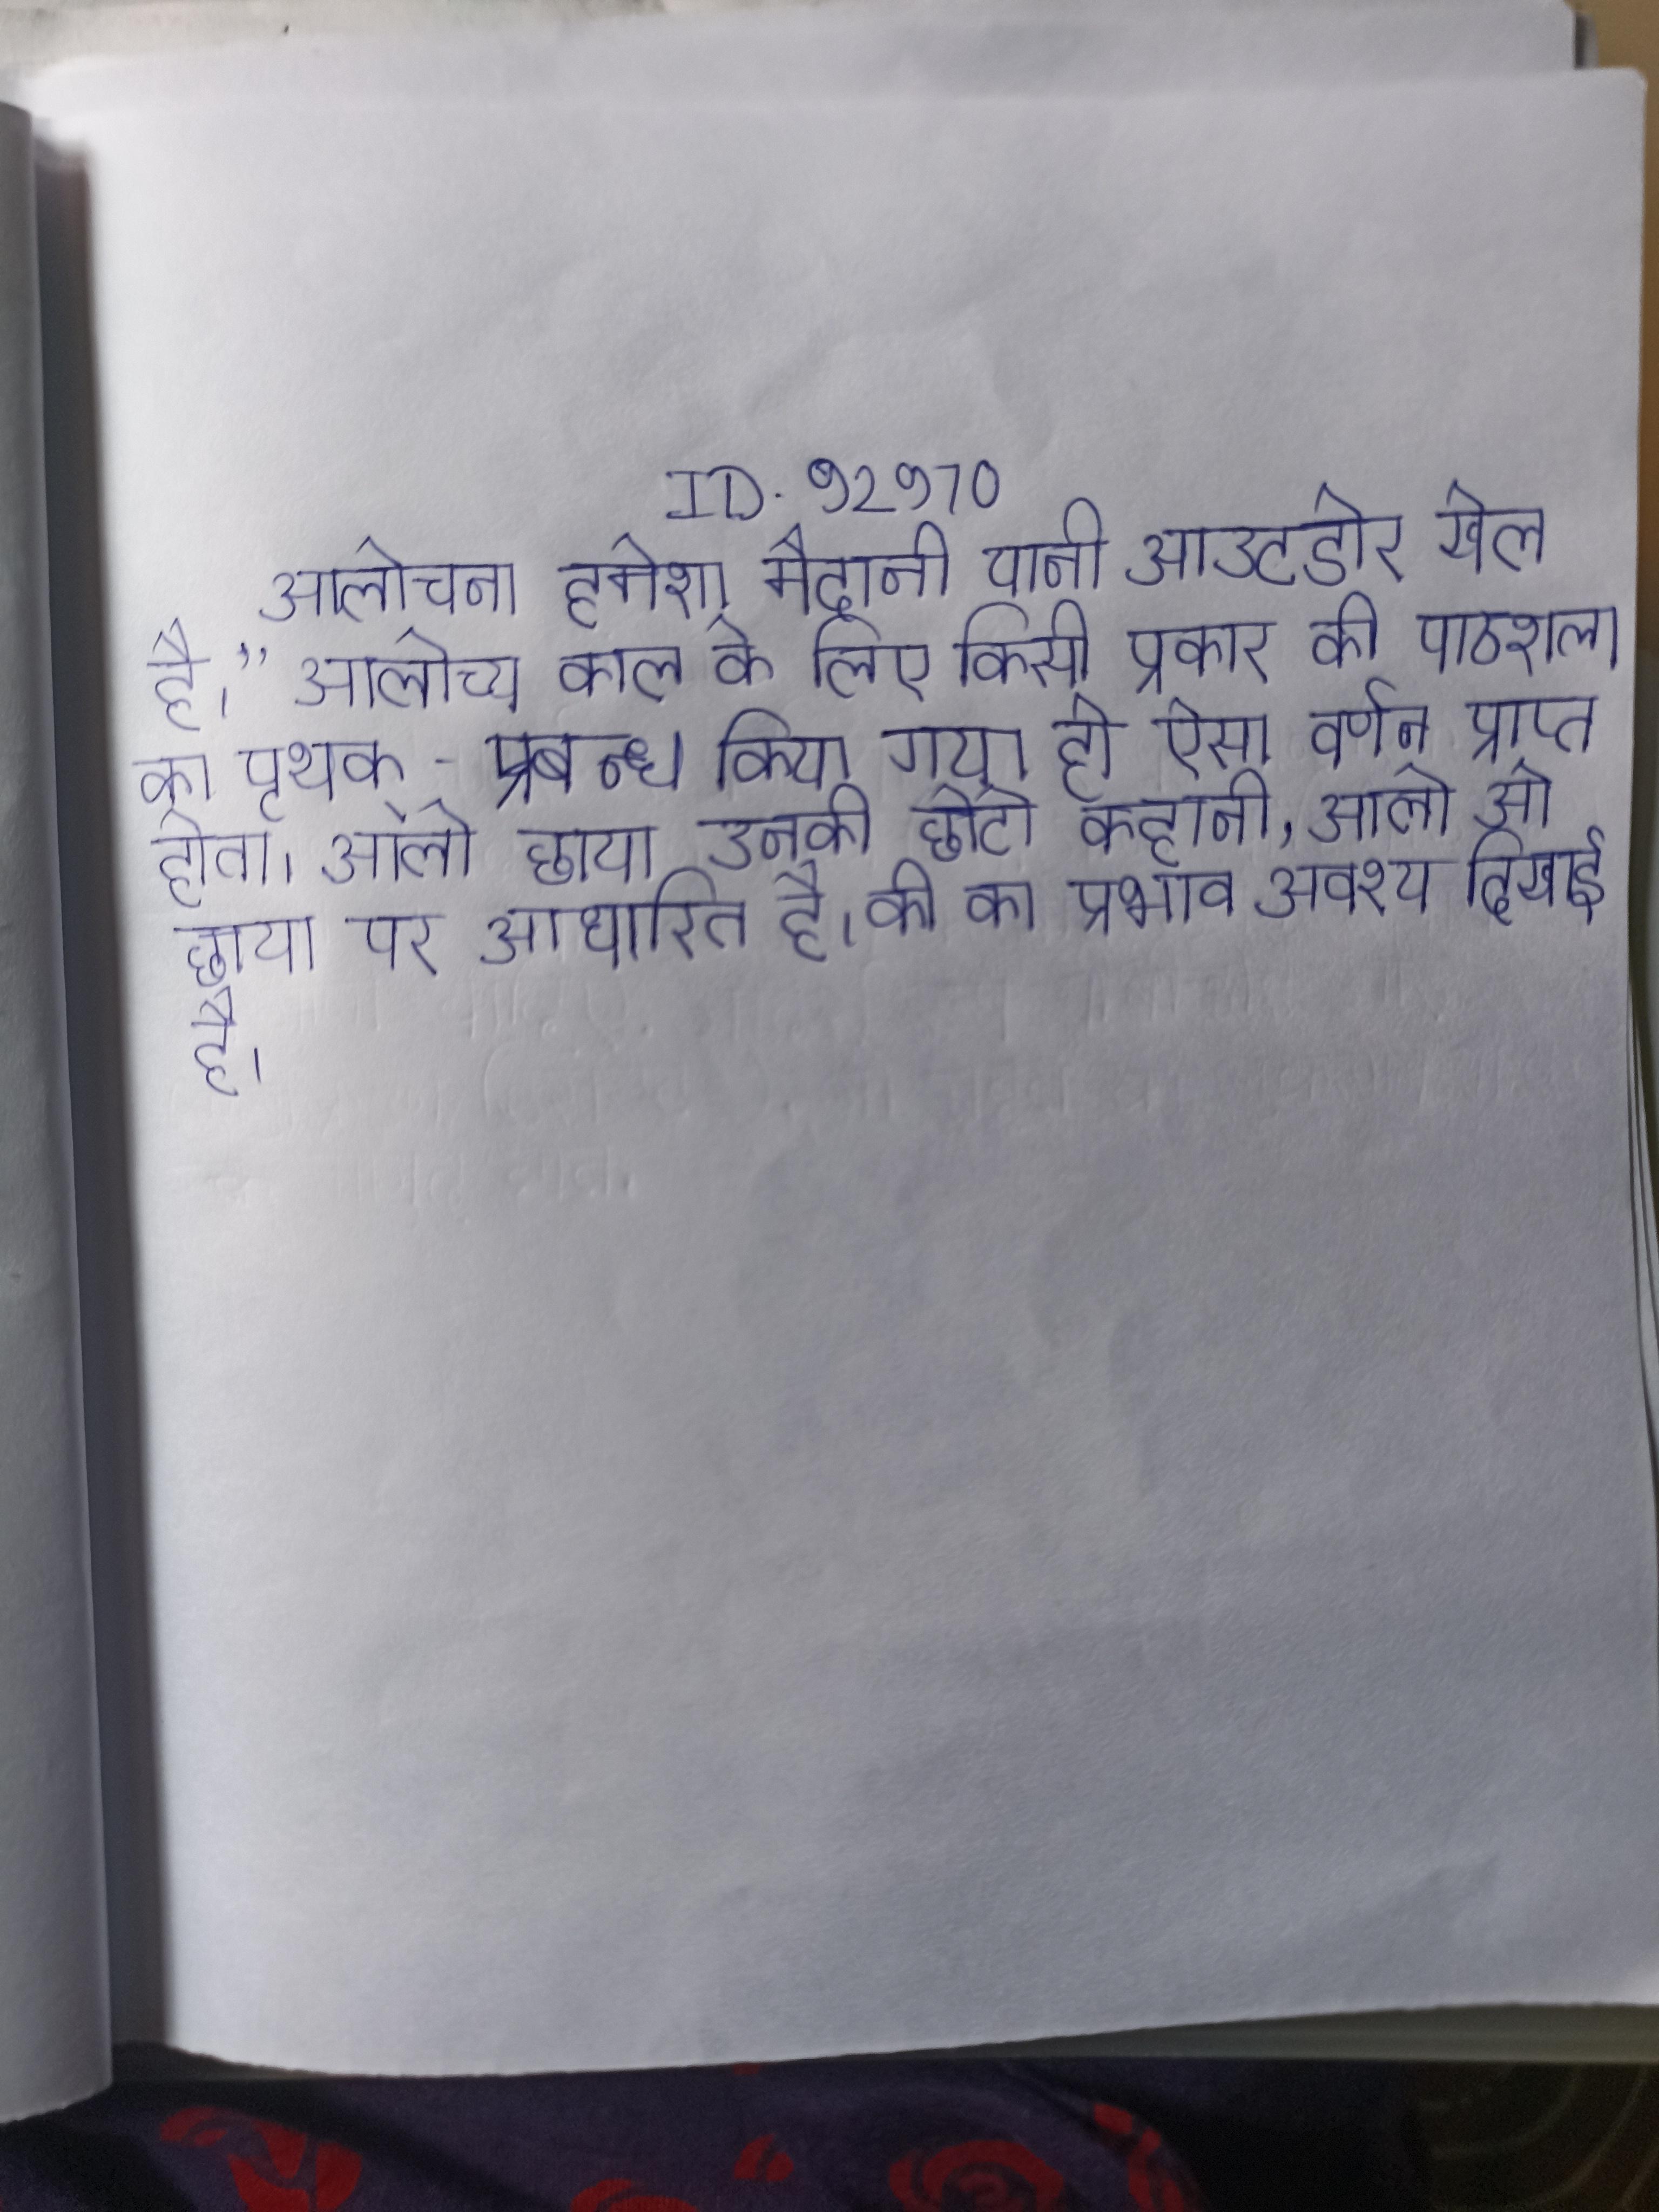
आलोचना हमेशा मैदानी यानी आउटडोर खेल है।" आलोच्य काल के लिए किसी प्रकार की पाठशाला का पृथक्-प्रबन्ध किया गया हो ऐसा वर्णन प्राप्त होता । आलो छाया उनकी छोटी कहानी, आलो ओ छाया पर आधारित है । की का प्रभाव अवश्य दिखाई है ।